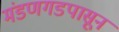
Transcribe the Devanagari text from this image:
मंडणगडपासून